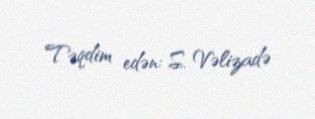
Təqdim edən: S. Vəlizadə